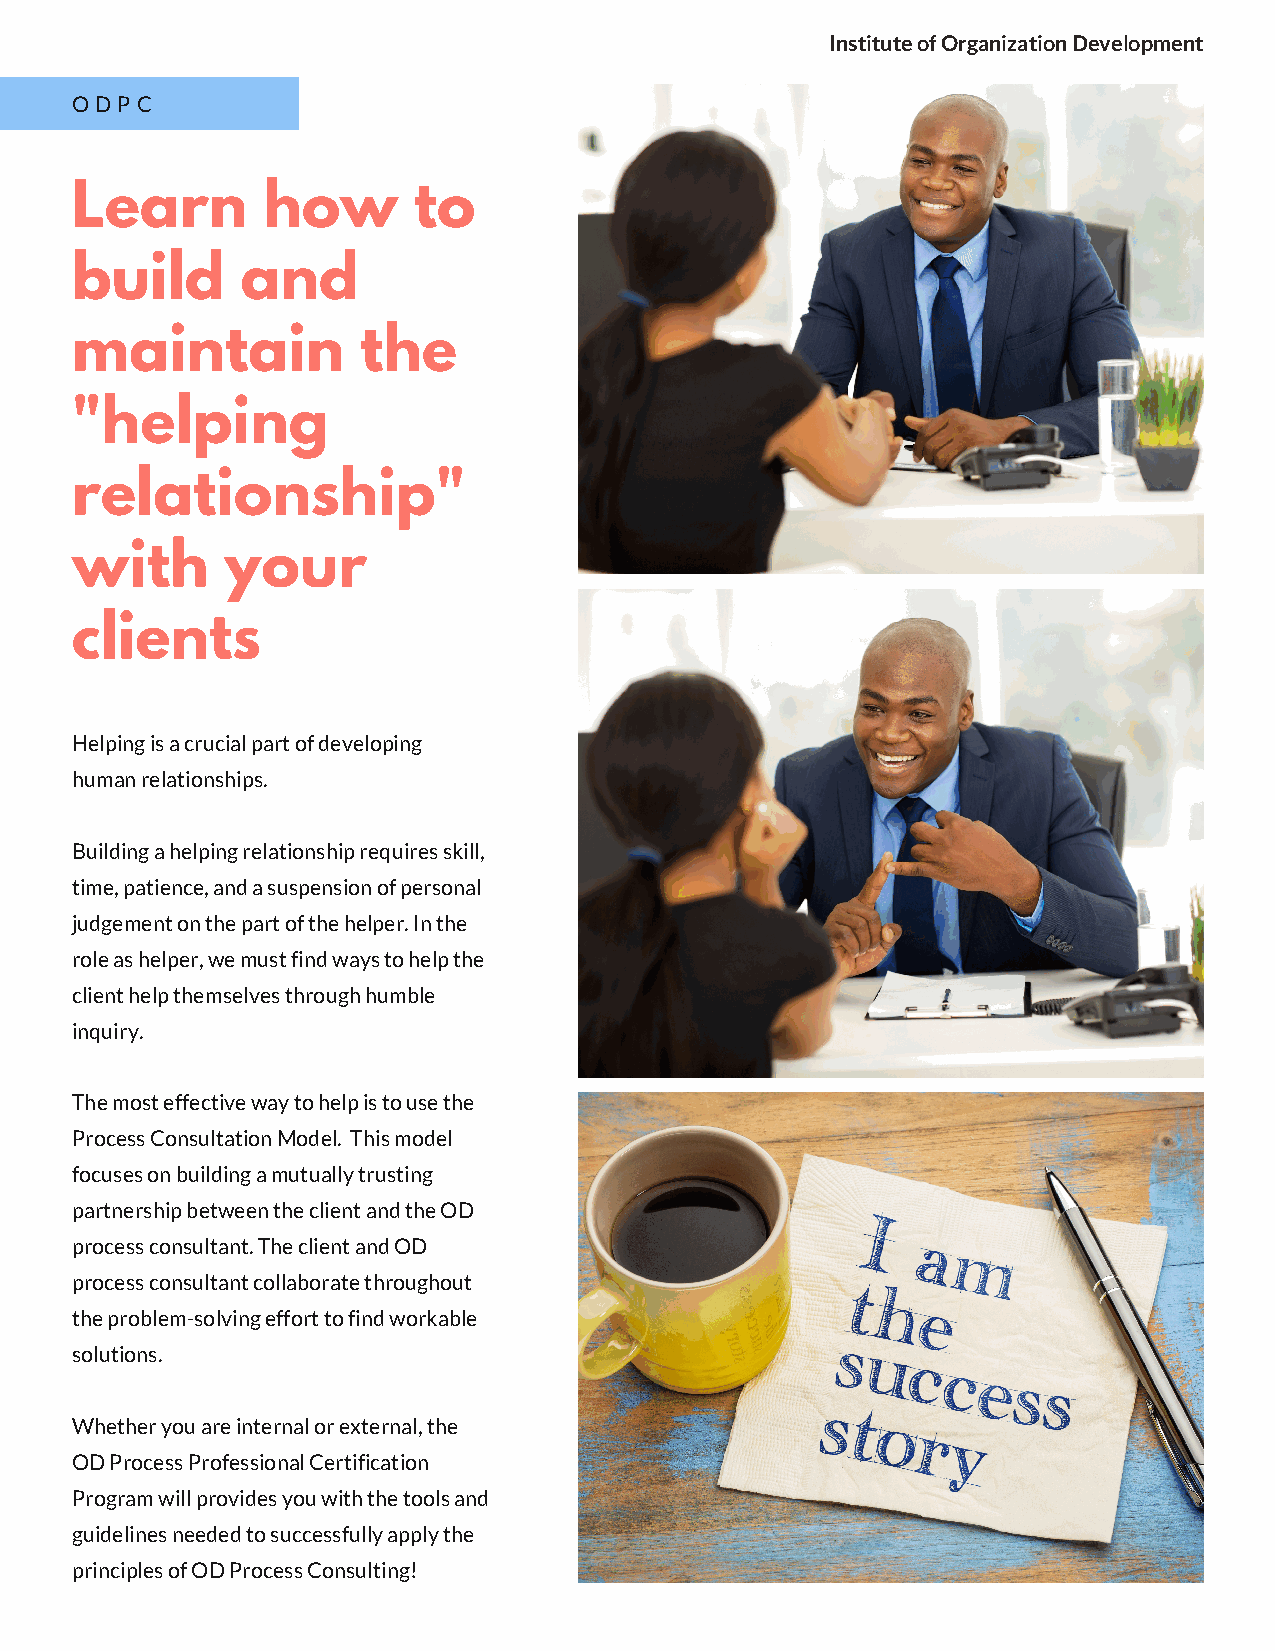
Institute of Organization Development
 ODPC
 Learn       how       to
 build      and
 maintain           the
 "helping
 relationship"
 with      your
 clients
 Helping is a crucial part of developing
 human relationships.
 Building a helping relationship requires skill,
 time, patience, and a suspension of personal
 judgement on the part of the helper. In the
 role as helper, we must find ways to help the
 client help themselves through humble
 inquiry.
 The most effective way to help is to use the
 Process Consultation Model. This model
 focuses on building a mutually trusting
 partnership between the client and the OD
 process consultant. The client and OD
 process consultant collaborate throughout
 the problem-solving effort to find workable
 solutions.
 Whether you are internal or external, the
 OD Process Professional Certification
 Program will provides you with the tools and
 guidelines needed to successfully apply the
 principles of OD Process Consulting!